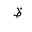
Letter: _za